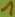
Text: 1